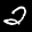
Label: 2